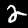
Digit: 2